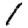
Digit: 1